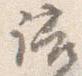
語